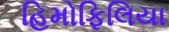
હિમોફિલિયા